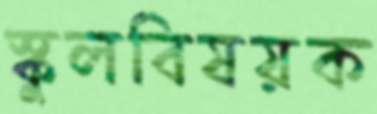
স্কুলবিষয়ক